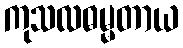
ကုသလဓမ္မတာယ